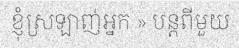
ខ្ញុំស្រឡាញ់អ្នក » បន្តពីមួយ